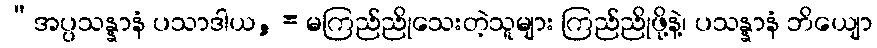
“အပ္ပသန္နာနံ ပသာဒါယ, = မကြည်ညိုသေးတဲ့သူများ ကြည်ညိုဖို့နဲ့၊ ပသန္နာနံ ဘိယျော